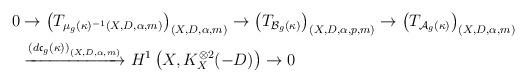
LaTeX: \begin{align*}\begin{aligned}0 &\to \left(T_{\mu_g(\kappa)^{-1}(X, D, \alpha, m)}\right)_{(X, D, \alpha, m)} \to \left(T_{\mathcal B_g(\kappa)}\right)_{(X, D, \alpha, p, m)} \to \left(T_{\mathcal A_g(\kappa)}\right)_{(X, D, \alpha, m)}\\ &\xrightarrow{\left(d\mathfrak c_g(\kappa)\right)_{(X, D, \alpha, m)}} H^1\left(X, K_X^{\otimes 2}(-D)\right) \to 0\end{aligned}\end{align*}